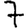
Digit: 7